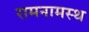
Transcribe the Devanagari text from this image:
रामनामस्थ